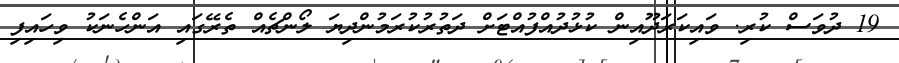
19 ދުވަސް ކުރި. ވައިކަރަދޫއިން ކުޅުދުއްފުއްޓަށް ދަތުރުކުރަމުންދިޔަ ލޯންޗެއް ތެރޭގައި އަންހެނަކު ވިހައިފި